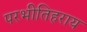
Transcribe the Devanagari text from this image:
परभीतिहराय